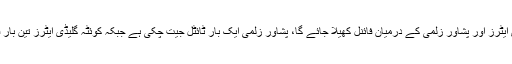
واضح رہے کہ کل نیشنل اسٹیڈیم کراچی میں کوئٹہ گلیڈی ایٹرز اور پشاور زلمی کے درمیان فائنل کھیلا جائے گا، پشاور زلمی ایک بار ٹائٹل جیت چکی ہے جبکہ کوئٹہ گلیڈی ایٹرز تین بار فائنل میں پہنچنے کے باوجود ٹائٹل سے محروم رہی ہے۔